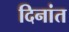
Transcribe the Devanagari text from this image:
दिनांत